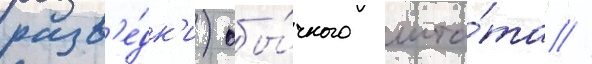
разв'е́дк'и) обы́чного шта́та //